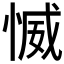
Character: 𱞪